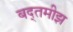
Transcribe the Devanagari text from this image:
बद्तमीझ